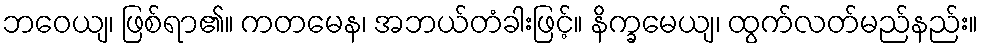
ဘဝေယျ၊ ဖြစ်ရာ၏။ ကတမေန၊ အဘယ်တံခါးဖြင့်။ နိက္ခမေယျ၊ ထွက်လတ်မည်နည်း။